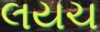
લયચ